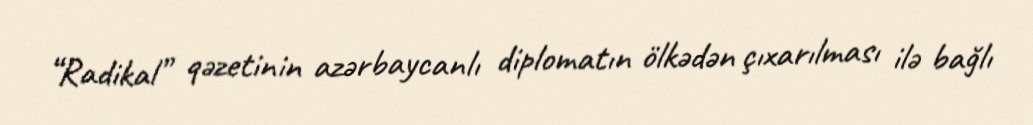
“Radikal” qəzetinin azərbaycanlı diplomatın ölkədən çıxarılması ilə bağlı